NAE_EAA_T-354_Tartu_Tamme_Gumnaasium, lk 19
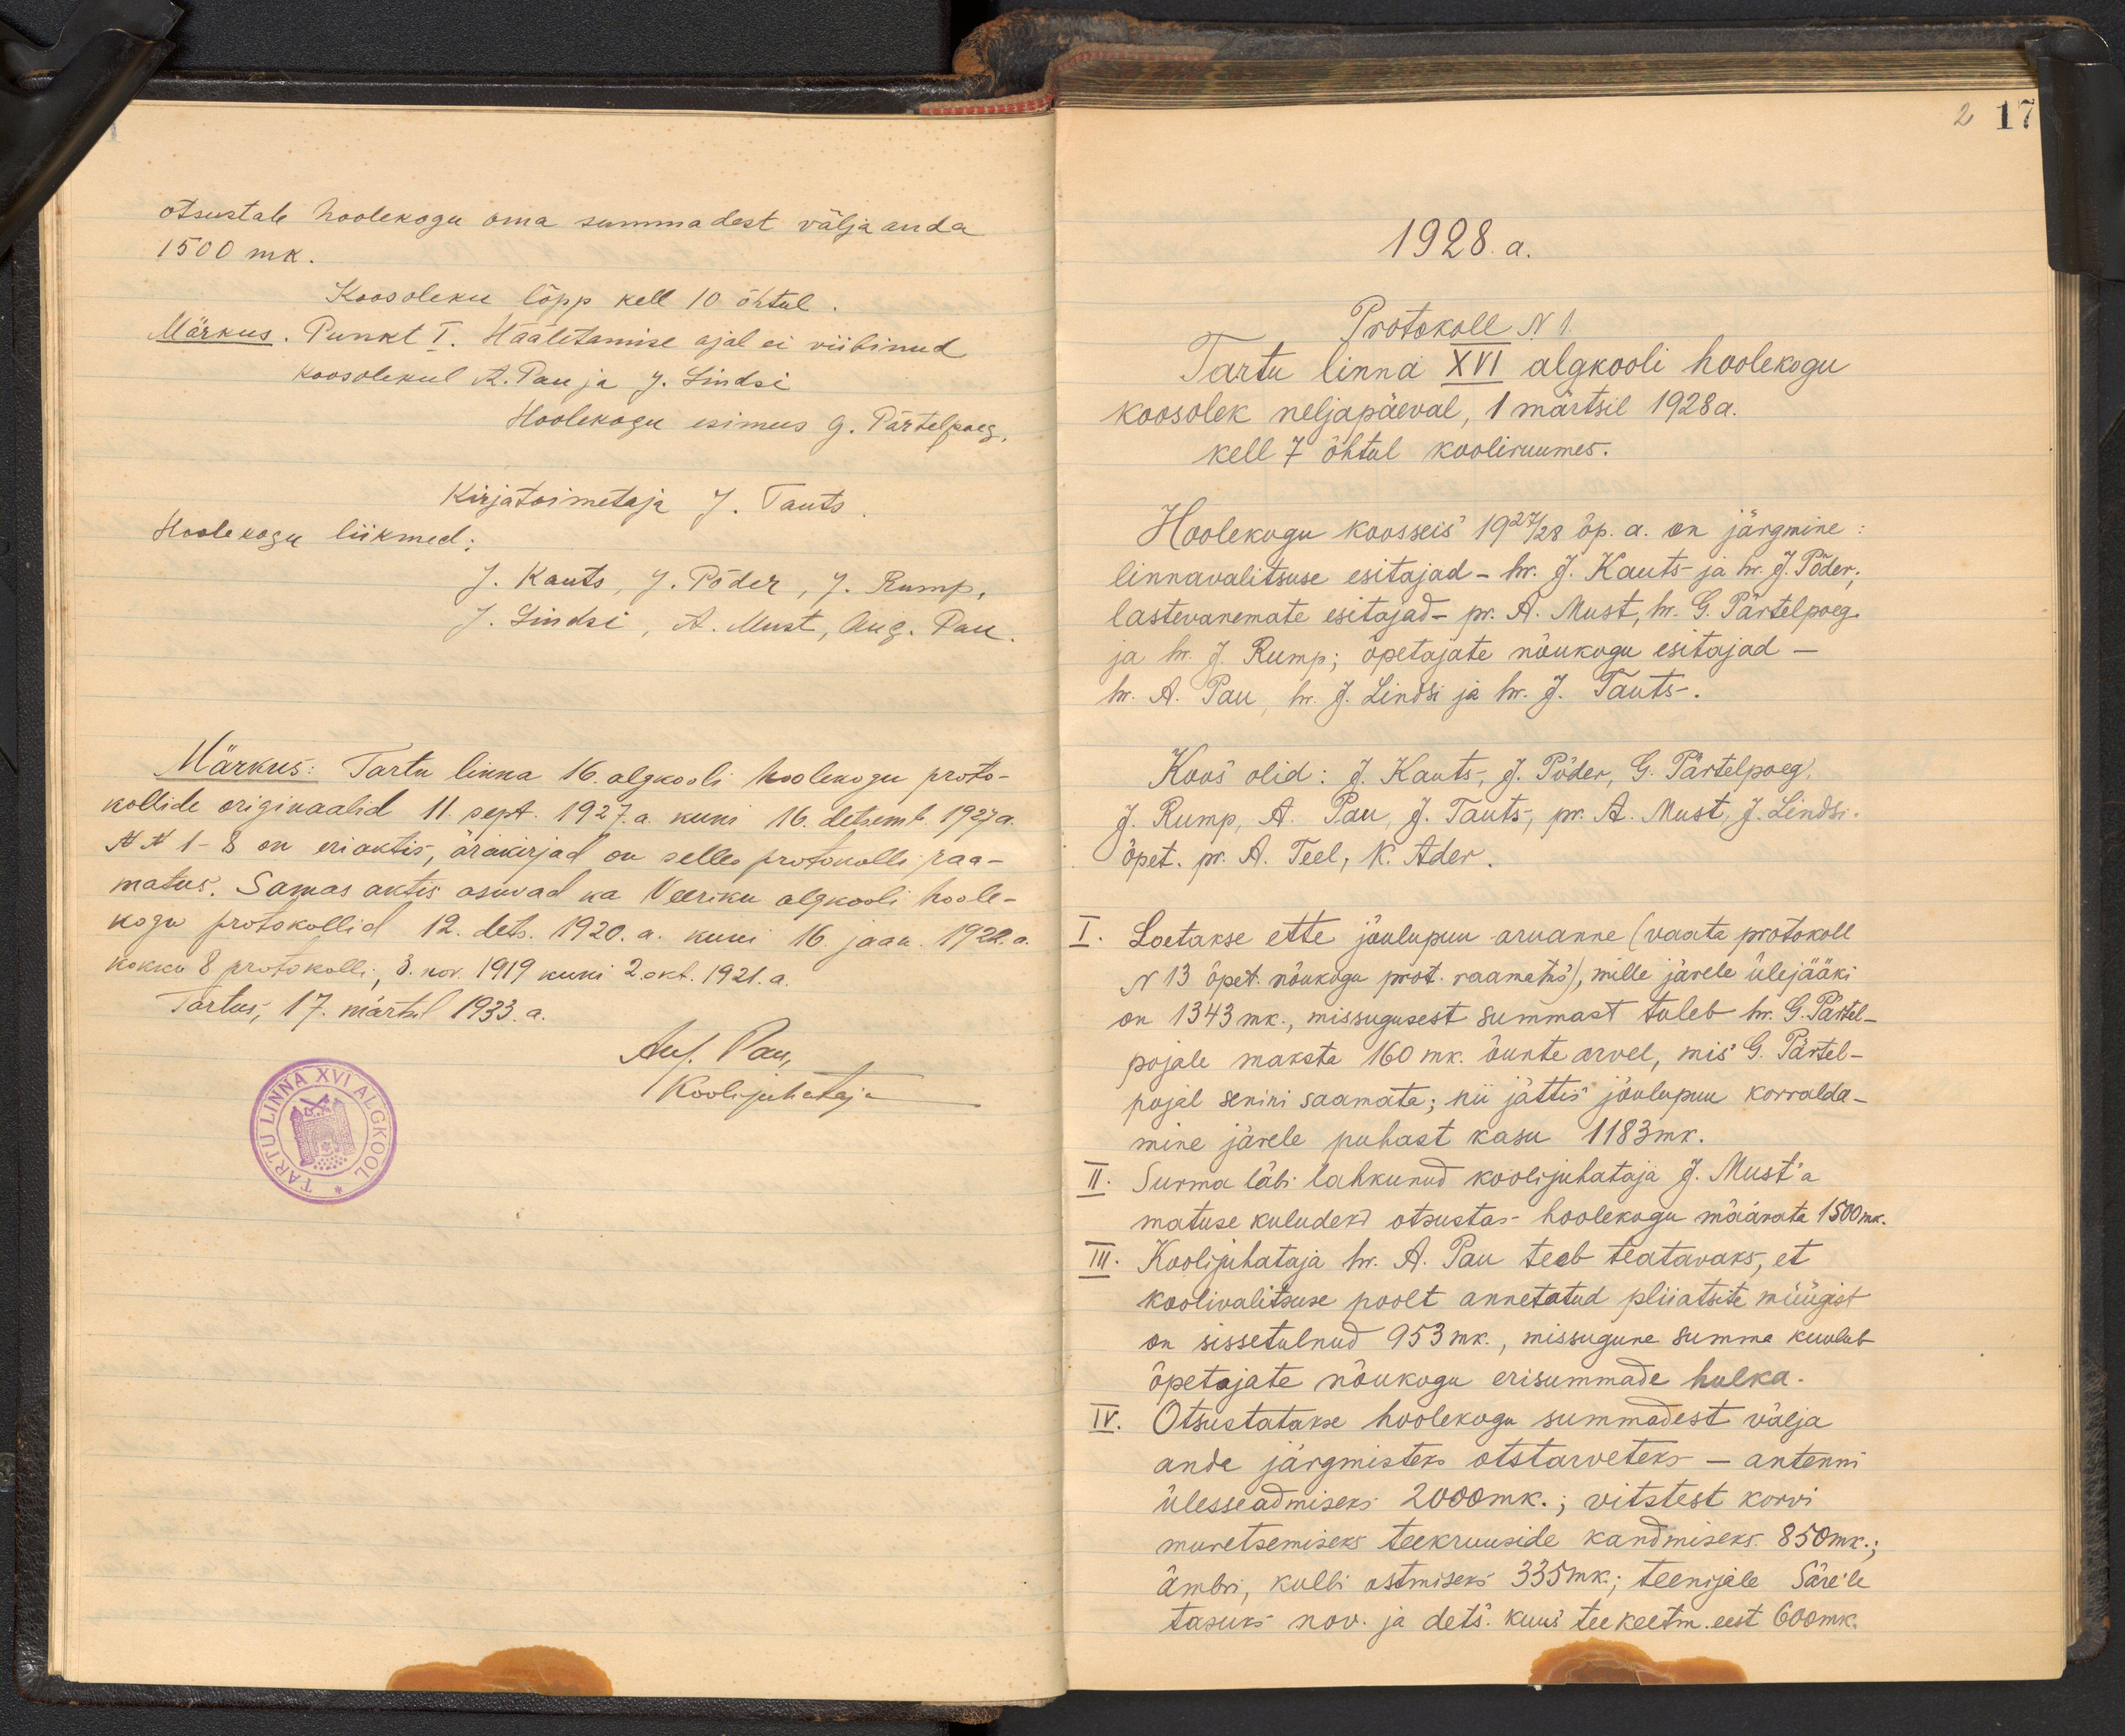
2 17

otsustab hoolekogu oma summadest välja anda
1500 mk.
Koosoleku lõpp kell 10 õhtul
Märkus. Punkt I. Hääletamise ajal ei viibinud
Koosolekul A. Pau ja J. Lindsi
Hoolekogu esimees G. Pärtelpoeg.
Kirjatoimetaja J. Tauts
Hoolekogu liikmed:
J. Kauts, J. Põder, J. Rump,
J. Lindsi, A. Must, Aug. Pau.
Märkus: Tartu linna 16. algkooli hoolekogu proto-
kollide originaalid 11. sept. 1927. a. kuni 16. detsemb. 1927a.
NN 1-8 on eriaktis, ärakirjad on selles protokolli raa-
matus. Samas aktis asuvad ka Veeriku algkooli hoole-
kogu protokollid 12. dets. 1920. a. kuni 16. jaan. 1922.a.
kokku 8 protokolli, 3. nov. 1919 kuni 2. okt. 1921. a.
Tartus, 17. märtsil 1933.a.
Aus Pau,
Koolijuhataja

1928.a.
Protokoll N1.
Tartu linna XVI algkooli hoolekogu
koosolek neljapäeval, 1 märtsil 1928 a.
kell 7 õhtul kooliruumes.
Hoolekogu koosseis 1927/28 õp. a. on järgmine
linnawalitsuse esitajad - hr. J. Kauts ja hr. J. Põder,
lastevanemate esitajad - pr. A. Must, hr. G. Pärtelpoeg.
ja hr. J. Rump; õpetajate nõukogu esitajad -
hr. A. Pau, hr. J. Lindsi ja hr. J. Tauts-
Koos olid: J. Kauts, J. Põder, G. Pärtelpoeg.
J. Rump, A. Pau, J. Tauts, pr. A. Must, J. Lindsi.
õpet. pr. A. Teel, K. Ader.
I. Loetakse ette jõulupuu aruanne (vaata protokoll
N 13 õpet. nõukogu prot. raamatus), mille järele ülejääki
on 1343 mk. missugusest summast tuleb hr. G. Partel-
pojale maksta 160 mk. õunte arvel, mis G. Pärtel-
pojal senini saamata; nii jättis jõulupuu korralda-
mine järele puhast kasu 1183 mk.
II. Surma läbi lahkunud koolijuhataja J. Must'a
matuse kuludeks otsustas hoolekogu määrata 1500 mk.
III. Koolijuhataja hr. A. Pau teeb teatavaks, et
koolivalitsuse poolt annetatud pliiatsite müügist,
on sissetulnud 953 mk., missugune summa kuulub
õpetajate nõukogu erisummade hulka.
IV. Otsustatakse hoolekogu summadest välja
anda järgmisteks otstarveteks - antenni
ülesseadmiseks 2000 mk.; vitstest korvi
muretsemiseks teekruuside kandmiseks. 850 mk.
ämbri, kulbi ostmiseks 335mk.; teenijale Säre`le
tasuks nov. ja dets. kuus tee keetm. eest 600 mk.